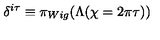
\delta ^ { i \tau } \equiv \pi _ { W i g } ( \Lambda ( \chi = 2 \pi \tau ) )